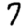
Digit: 7